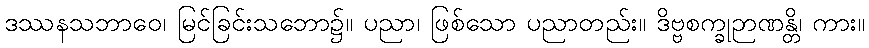
ဒဿနသဘာဝေ၊ မြင်ခြင်းသဘော၌။ ပညာ၊ ဖြစ်သော ပညာတည်း။ ဒိဗ္ဗစက္ခုဉာဏန္တိ၊ ကား။